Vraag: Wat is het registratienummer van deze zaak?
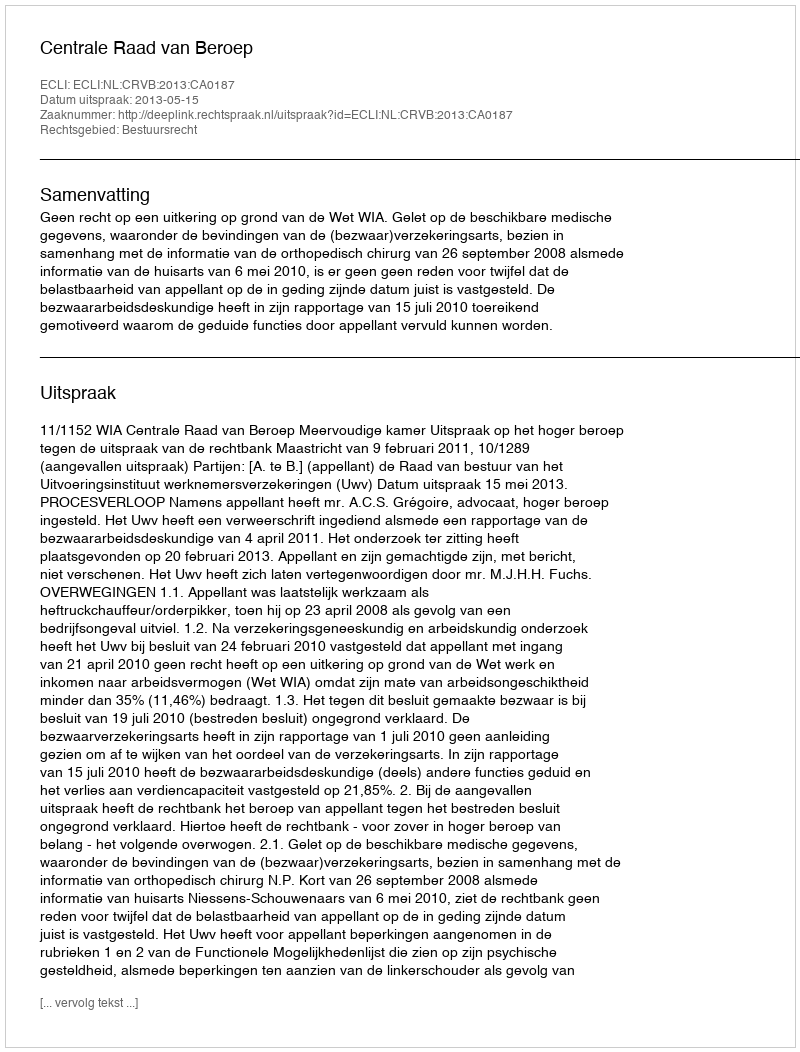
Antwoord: http://deeplink.rechtspraak.nl/uitspraak?id=ECLI:NL:CRVB:2013:CA0187